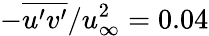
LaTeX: -\overline{{u^{\prime}v^{\prime}}}/u_{\infty}^{2}=0.04